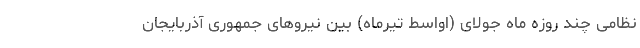
نظامی چند روزه ماه جولای (اواسط تیرماه) بین نیروهای جمهوری آذربایجان